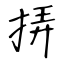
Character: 挵